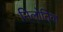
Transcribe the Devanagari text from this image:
निलोतिक